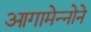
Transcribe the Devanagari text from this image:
आगामेन्नोने